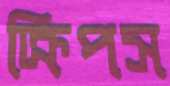
ক্রিপস